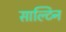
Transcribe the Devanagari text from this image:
साल्टिन